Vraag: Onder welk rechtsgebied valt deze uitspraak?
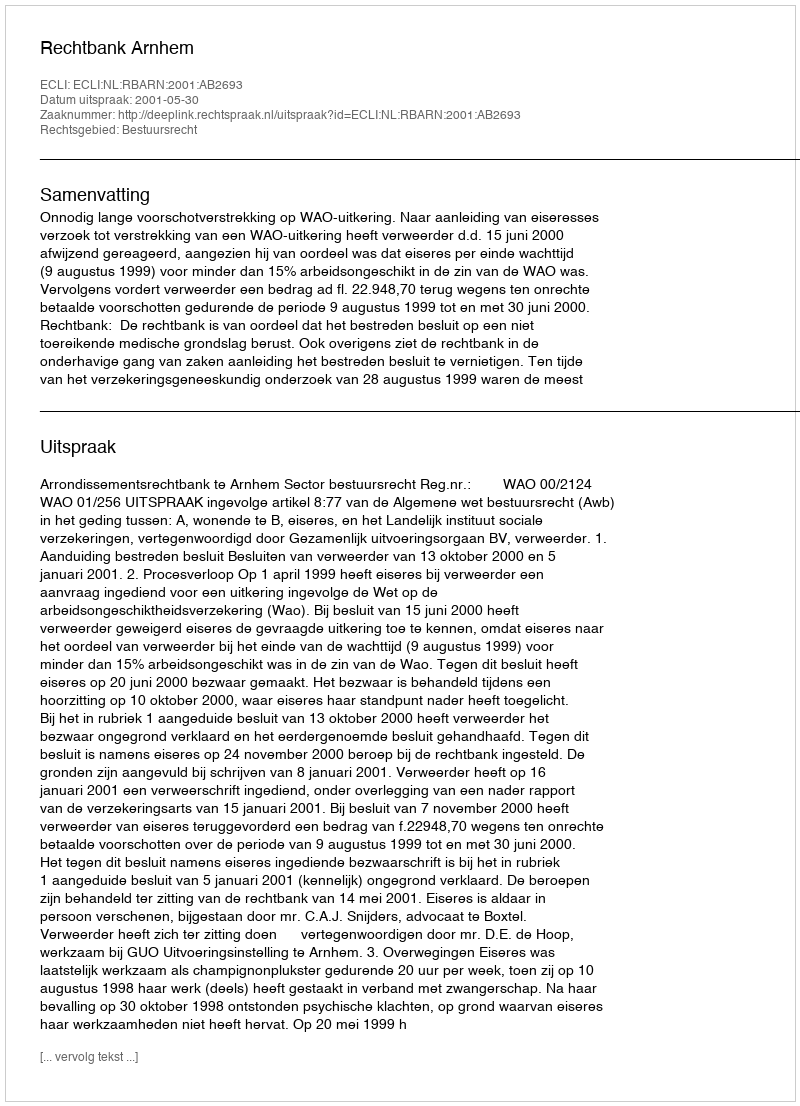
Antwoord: Bestuursrecht